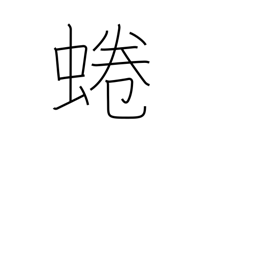
Meaning: an edible river snail